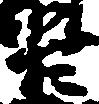
臣